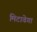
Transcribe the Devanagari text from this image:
मिटावेगा